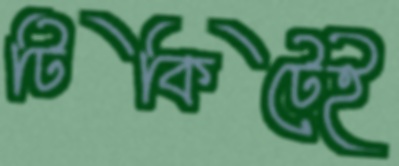
টিকিটেই